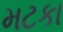
મટકા